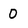
Character: 0